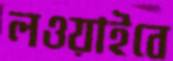
লওয়াইবে